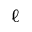
\ell